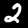
Digit: 2